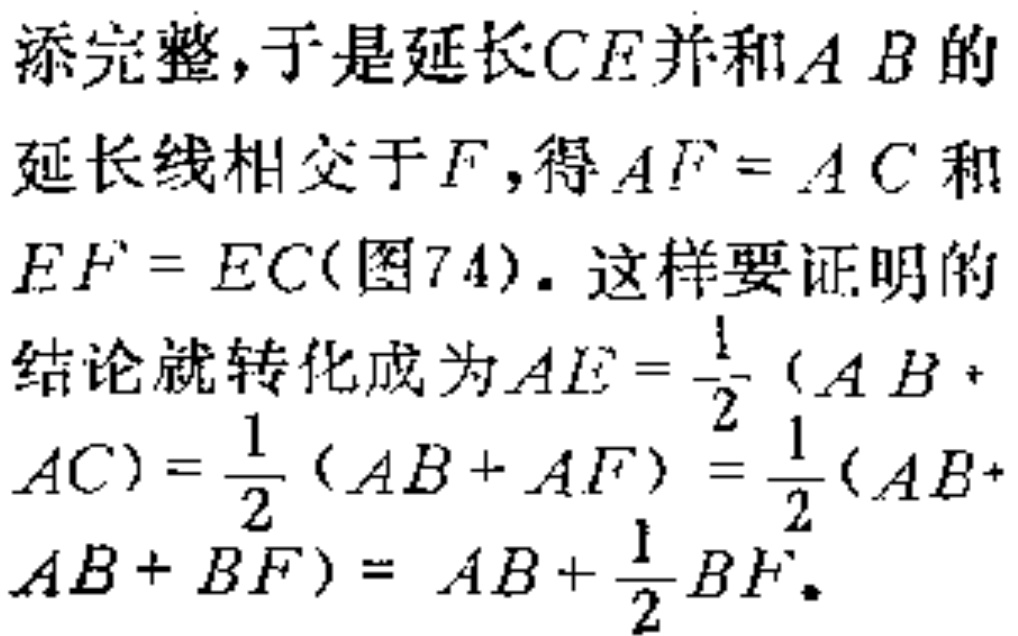
添完整,于是延长\(CE\)并和\(AB\)的

延长线相交于\(F\),得\(AF = AC\)和

\(EF = EC\)(图74). 这样要证明的

结论就转化成为\(AE=\frac{1}{2}(AB +

AC)=\frac{1}{2}(AB + AF)=\frac{1}{2}(AB +

AB + BF)=AB+\frac{1}{2}BF\).